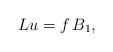
\begin{align*}L u=f \,B_1,\end{align*}